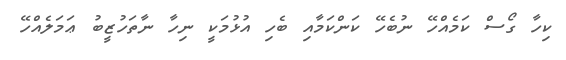
ކިހާ ގޯސް ކަމެއްހޭ ނުބެހޭ ކަންކަމާއި ބެހި އުޅުމަކީ ނިހާ ނާތަހުޒީބު ޢަމަލެއްހޭ